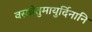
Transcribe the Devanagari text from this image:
वसन्नेतुमायुर्दिनानि